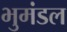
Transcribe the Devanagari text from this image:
भुमंडल